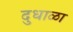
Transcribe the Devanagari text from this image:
दुधाळा